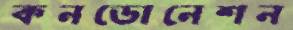
কনডোনেশন